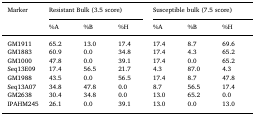
| Marker | <COLSPAN=3> Resistant Bulk (3.5 score) | <COLSPAN=3> Susceptible bulk (7.5 score) |
 |  | %A | %B | %H | %A | %B | %H |
 | --- | --- | --- | --- | --- | --- | --- |
 | GM1911 | 65.2 | 13.0 | 17.4 | 17.4 | 8.7 | 69.6 |
 | GM1883 | 60.9 | 0.0 | 34.8 | 17.4 | 4.3 | 65.2 |
 | GM1000 | 47.8 | 0.0 | 39.1 | 17.4 | 0.0 | 65.2 |
 | Seq13E09 | 17.4 | 56.5 | 21.7 | 4.3 | 87.0 | 4.3 |
 | GM1988 | 43.5 | 0.0 | 56.5 | 17.4 | 8.7 | 47.8 |
 | Seq13A07 | 34.8 | 47.8 | 0.0 | 8.7 | 56.5 | 17.4 |
 | GM2638 | 30.4 | 34.8 | 0.0 | 13.0 | 65.2 | 0.0 |
 | IPAHM245 | 26.1 | 0.0 | 39.1 | 13.0 | 0.0 | 13.0 |